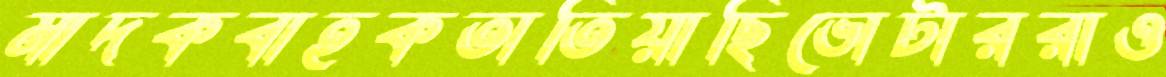
মাদকবাহকতাতিয়াছিভোটাররাও